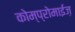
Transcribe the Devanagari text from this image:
कोम्प्रोमाईज़